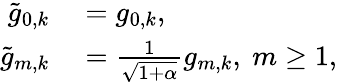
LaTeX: \begin{array}{rl}{\tilde{g}_{0,k}}&{{}=g_{0,k},}\\ {\tilde{g}_{m,k}}&{{}=\frac{1}{\sqrt{1+\alpha}}g_{m,k},\ m\geq 1,}\end{array}